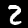
Label: 2